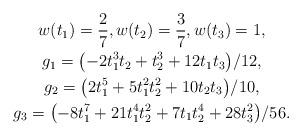
LaTeX: \begin{gather*}w(t_1)=\frac{2}{7},w(t_2)=\frac{3}{7},w(t_3)=1,\\g_1 = \big({-}2t_1^3t_2 + t_2^3 + 12t_1t_3\big)/12,\\g_2 = \big(2t_1^5 + 5t_1^2t_2^2 + 10t_2t_3\big)/10, \\g_3 = \big({-}8t_1^7 + 21t_1^4t_2^2 + 7t_1t_2^4 + 28t_3^2\big)/56.\end{gather*}